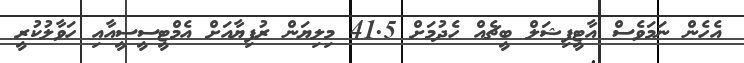
އެހެން ނަމަވެސް އާޓީފިޝަލް ބީޗެއް ހެދުމަށް 41.5 މިލިޔަން ރުފިޔާއަށް އެމްޓީސީސީއާއި ހަވާލުކުރީ